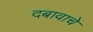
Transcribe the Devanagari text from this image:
दबावाचे